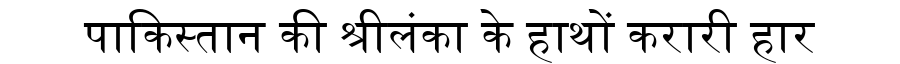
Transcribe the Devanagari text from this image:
पाकिस्तान की श्रीलंका के हाथों करारी हार